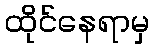
ထိုင်နေရာမှ